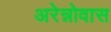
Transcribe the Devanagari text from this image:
अरेन्नोवास